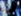
قيود